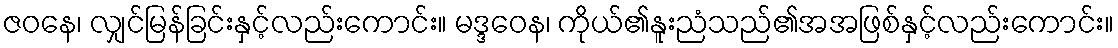
ဇဝနေ၊ လျှင်မြန်ခြင်းနှင့်လည်းကောင်း။ မဒ္ဒဝေန၊ ကိုယ်၏နူးညံသည်၏အအဖြစ်နှင့်လည်းကောင်း။